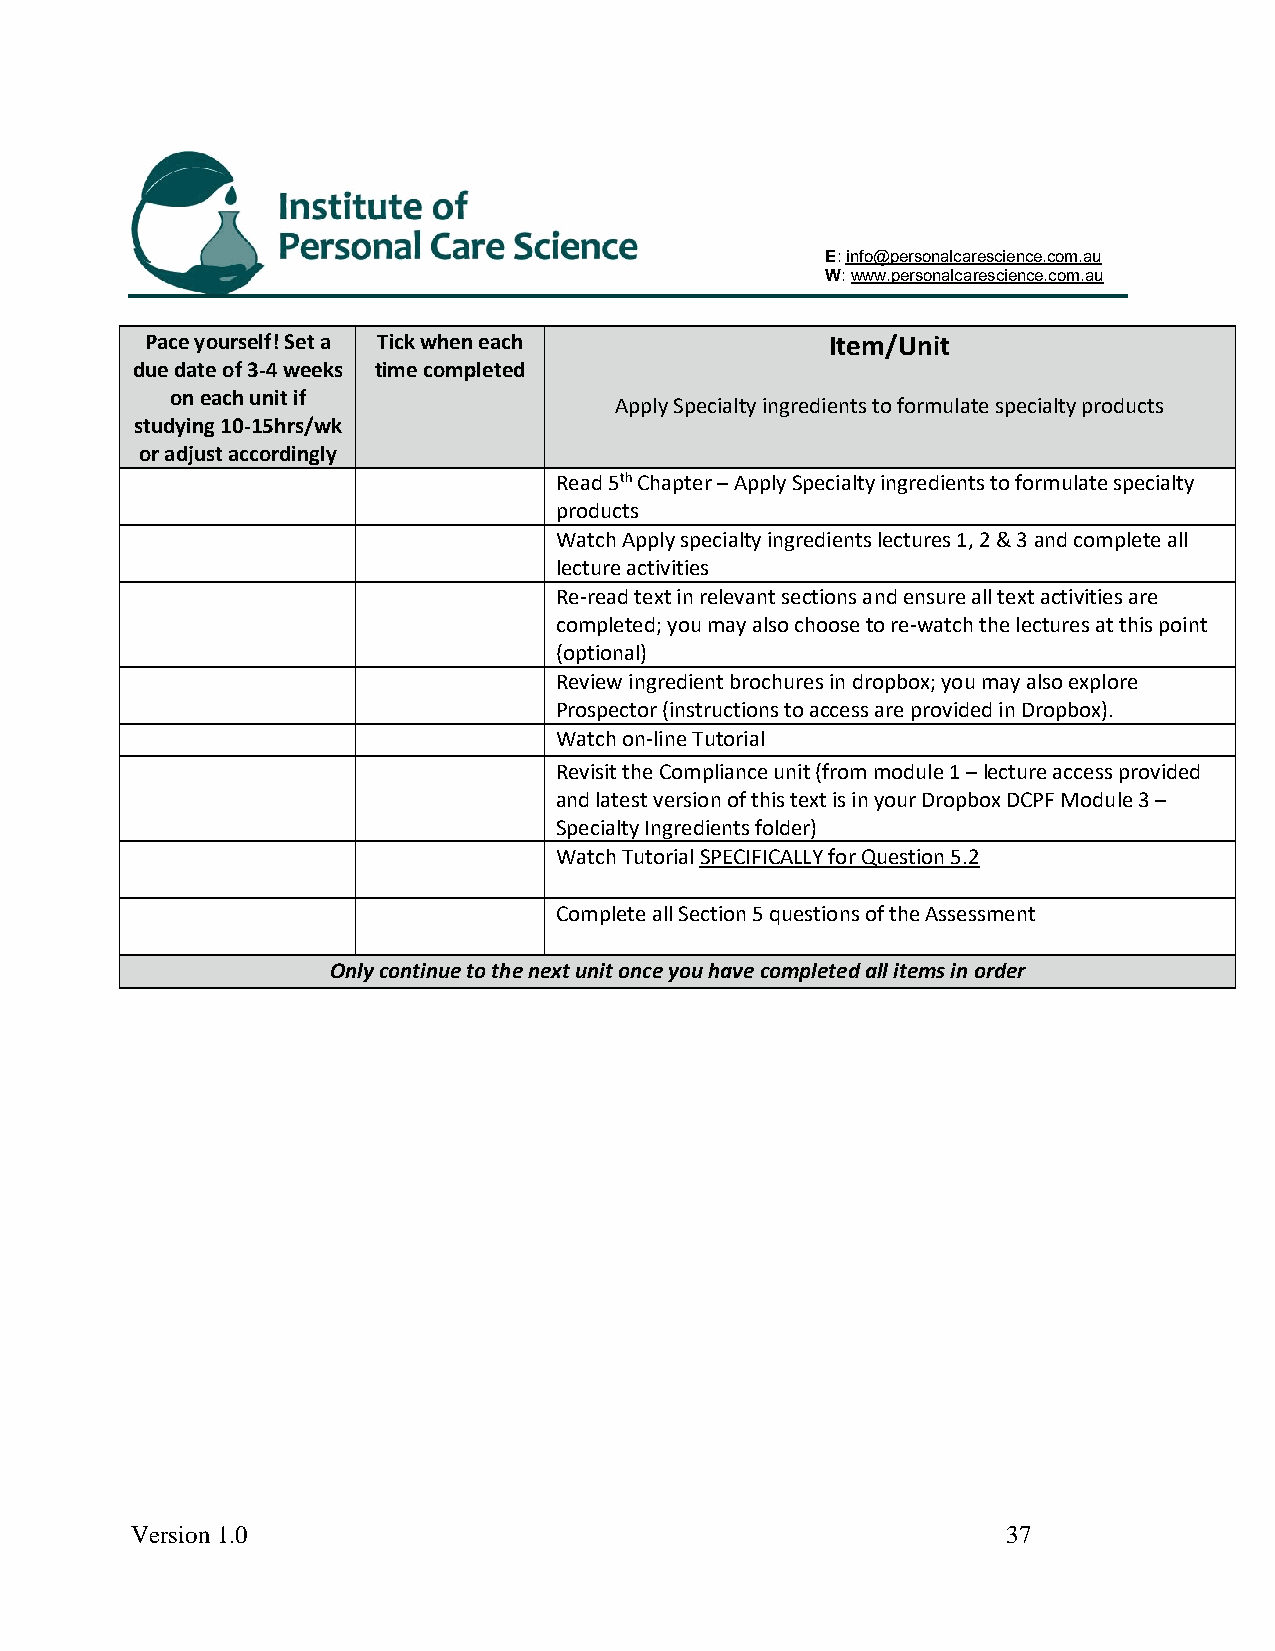
E: info@personalcarescience.com.au
 W: www.personalcarescience.com.au
 Pace yourself! Set a Tick when each          Item/Unit
 due date of 3-4 weeks time completed
 on each unit if
 Apply Specialty ingredients to formulate specialty products
 studying 10-15hrs/wk
 or adjust accordingly
 Read 5th Chapter – Apply Specialty ingredients to formulate specialty
 products
 Watch Apply specialty ingredients lectures 1, 2 & 3 and complete all
 lecture activities
 Re-read text in relevant sections and ensure all text activities are
 completed; you may also choose to re-watch the lectures at this point
 (optional)
 Review ingredient brochures in dropbox; you may also explore
 Prospector (instructions to access are provided in Dropbox).
 Watch on-line Tutorial
 Revisit the Compliance unit (from module 1 – lecture access provided
 and latest version of this text is in your Dropbox DCPF Module 3 –
 Specialty Ingredients folder)
 Watch Tutorial SPECIFICALLY for Question 5.2
 Complete all Section 5 questions of the Assessment
 Only continue to the next unit once you have completed all items in order
 Version 1.0                                               37